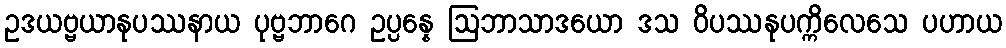
ဥဒယဗ္ဗယာနုပဿနာယ ပုဗ္ဗဘာဂေ ဥပ္ပန္နေ ဩဘာသာဒယော ဒသ ဝိပဿနုပက္ကိလေသေ ပဟာယ